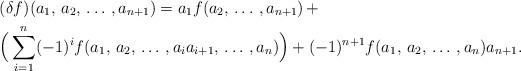
LaTeX: \begin{align*}& (\delta f)(a_1, \, a_2, \, \ldots \, , a_{n+1}) = a_1 f(a_2, \, \ldots\, , a_{n+1}) \, + \\& \Big ( \sum_{i=1}^n (-1)^i f(a_1, \, a_2, \, \ldots \, , a_i a_{i+1}, \,\ldots \, , a_n) \Big) + (-1)^{n+1} f(a_1, \, a_2, \, \ldots \, , a_n)a_{n+1}. \end{align*}